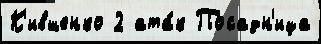
К'ившенко 2 ата́к Посадн'ица